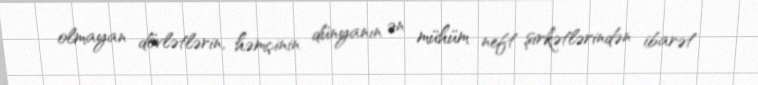
olmayan dövlətlərin, həmçinin dünyanın ən mühüm neft şirkətlərindən ibarət